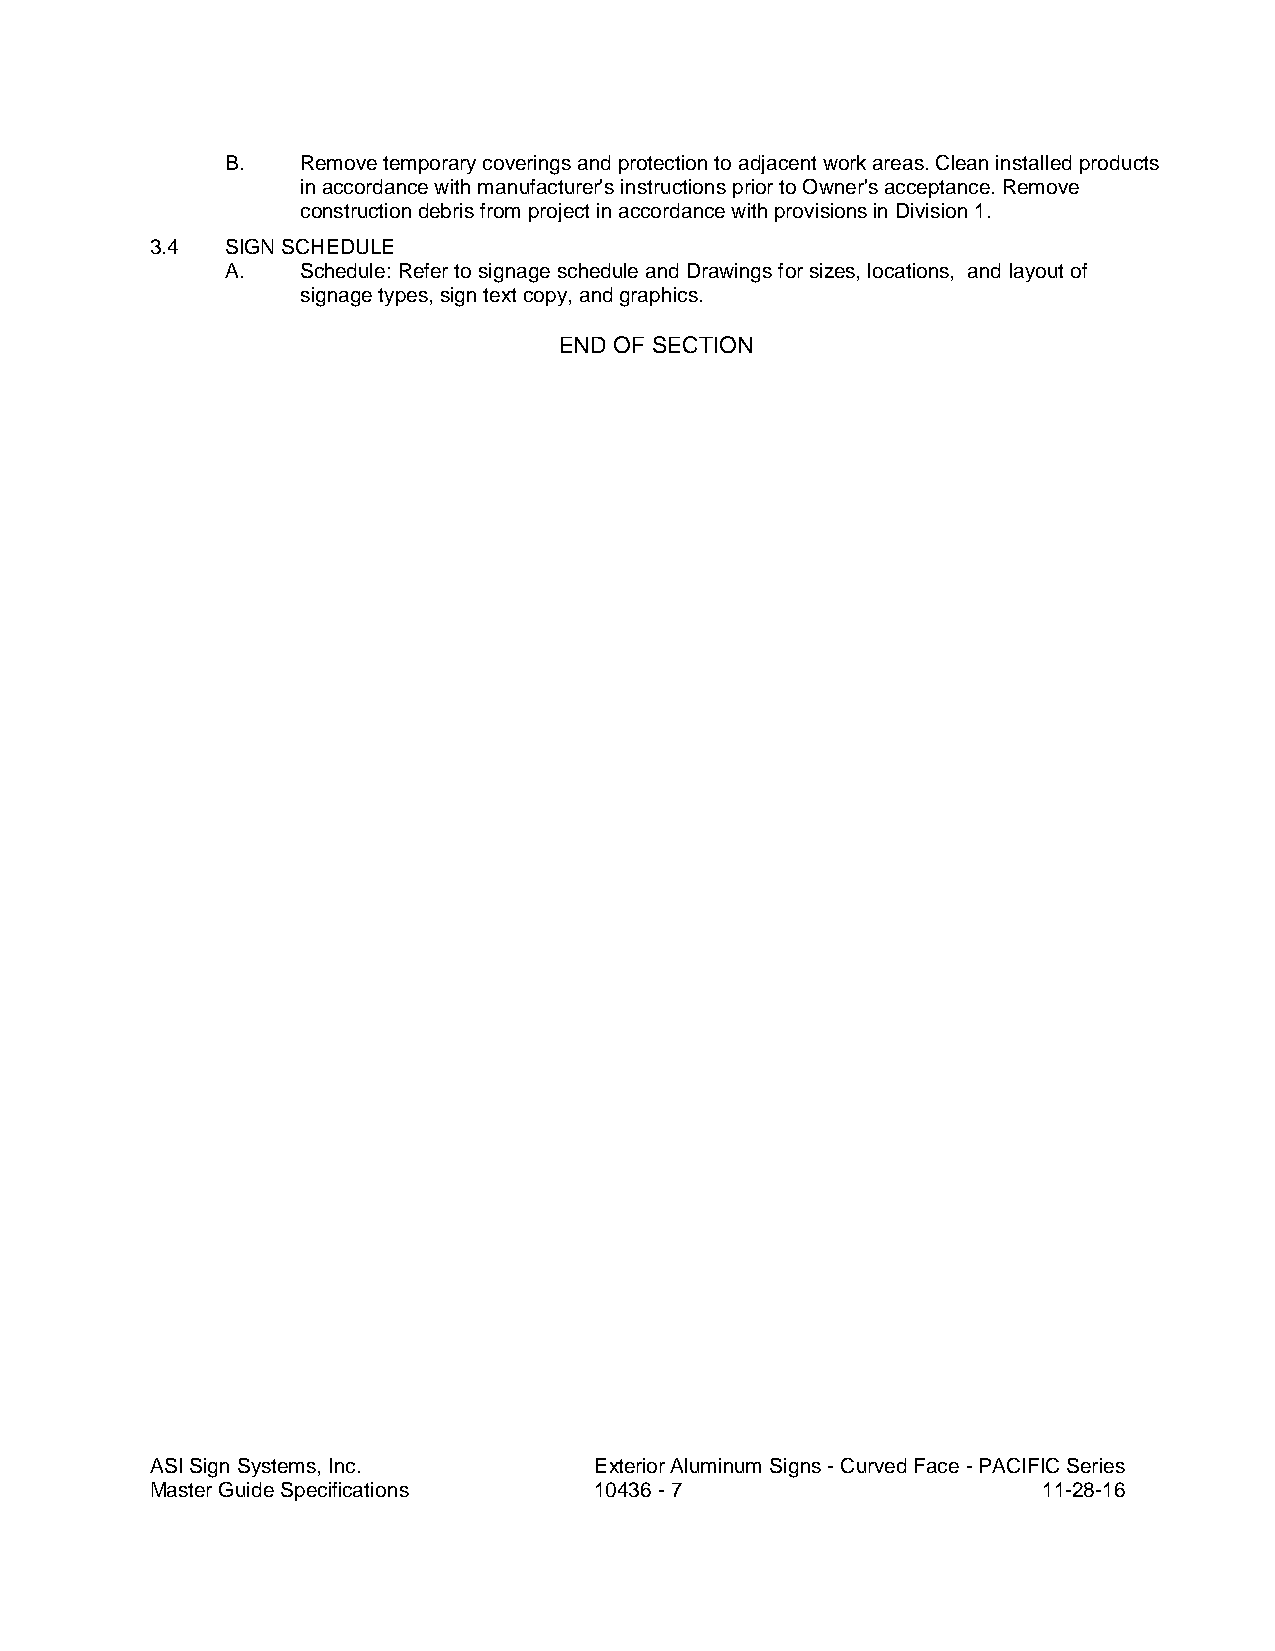
B.   Remove temporary coverings and protection to adjacent work areas. Clean installed products
 in accordance with manufacturer's instructions prior to Owner's acceptance. Remove
 construction debris from project in accordance with provisions in Division 1.
 3.4  SIGN SCHEDULE
 A.   Schedule: Refer to signage schedule and Drawings for sizes, locations, and layout of
 signage types, sign text copy, and graphics.
 END OF SECTION
 ASI Sign Systems, Inc.       Exterior Aluminum Signs - Curved Face - PACIFIC Series
 Master Guide Specifications  10436 - 7                     11-28-16